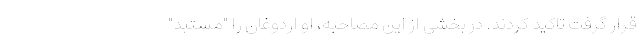
قرار گرفت تاکید کردند. در بخشی از این مصاحبه، او اردوغان را "مستبد"